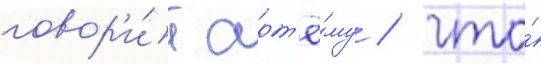
говор'и́т арт'ё́му / что́